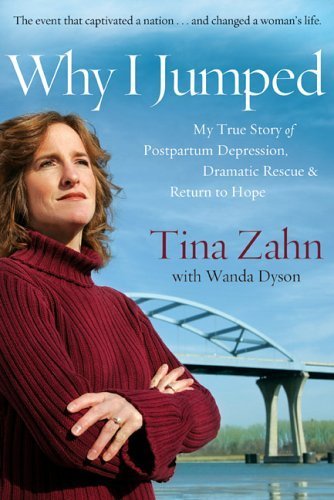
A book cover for Why I Jumped: My True Story of Postpartum Depression, Dramatic Rescue & Return to Hope; Tina Zahn; Health, Fitness & Dieting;